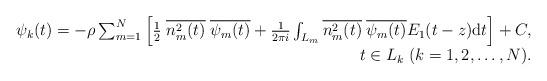
LaTeX: \begin{align*}\begin{array}{rr}\psi_k(t) = -\rho \sum_{m=1}^N \left[\frac{1}{2}\;\overline{n_m^2(t)}\;\overline{\psi_m(t)} + \frac{1}{2\pi i} \int_{L_m} \overline{n_m^2(t)}\;\overline{\psi_m(t)}E_1(t-z) \textrm{d}t \right]+C,\\t \in L_k \;(k=1,2,\ldots, N).\end{array} \end{align*}